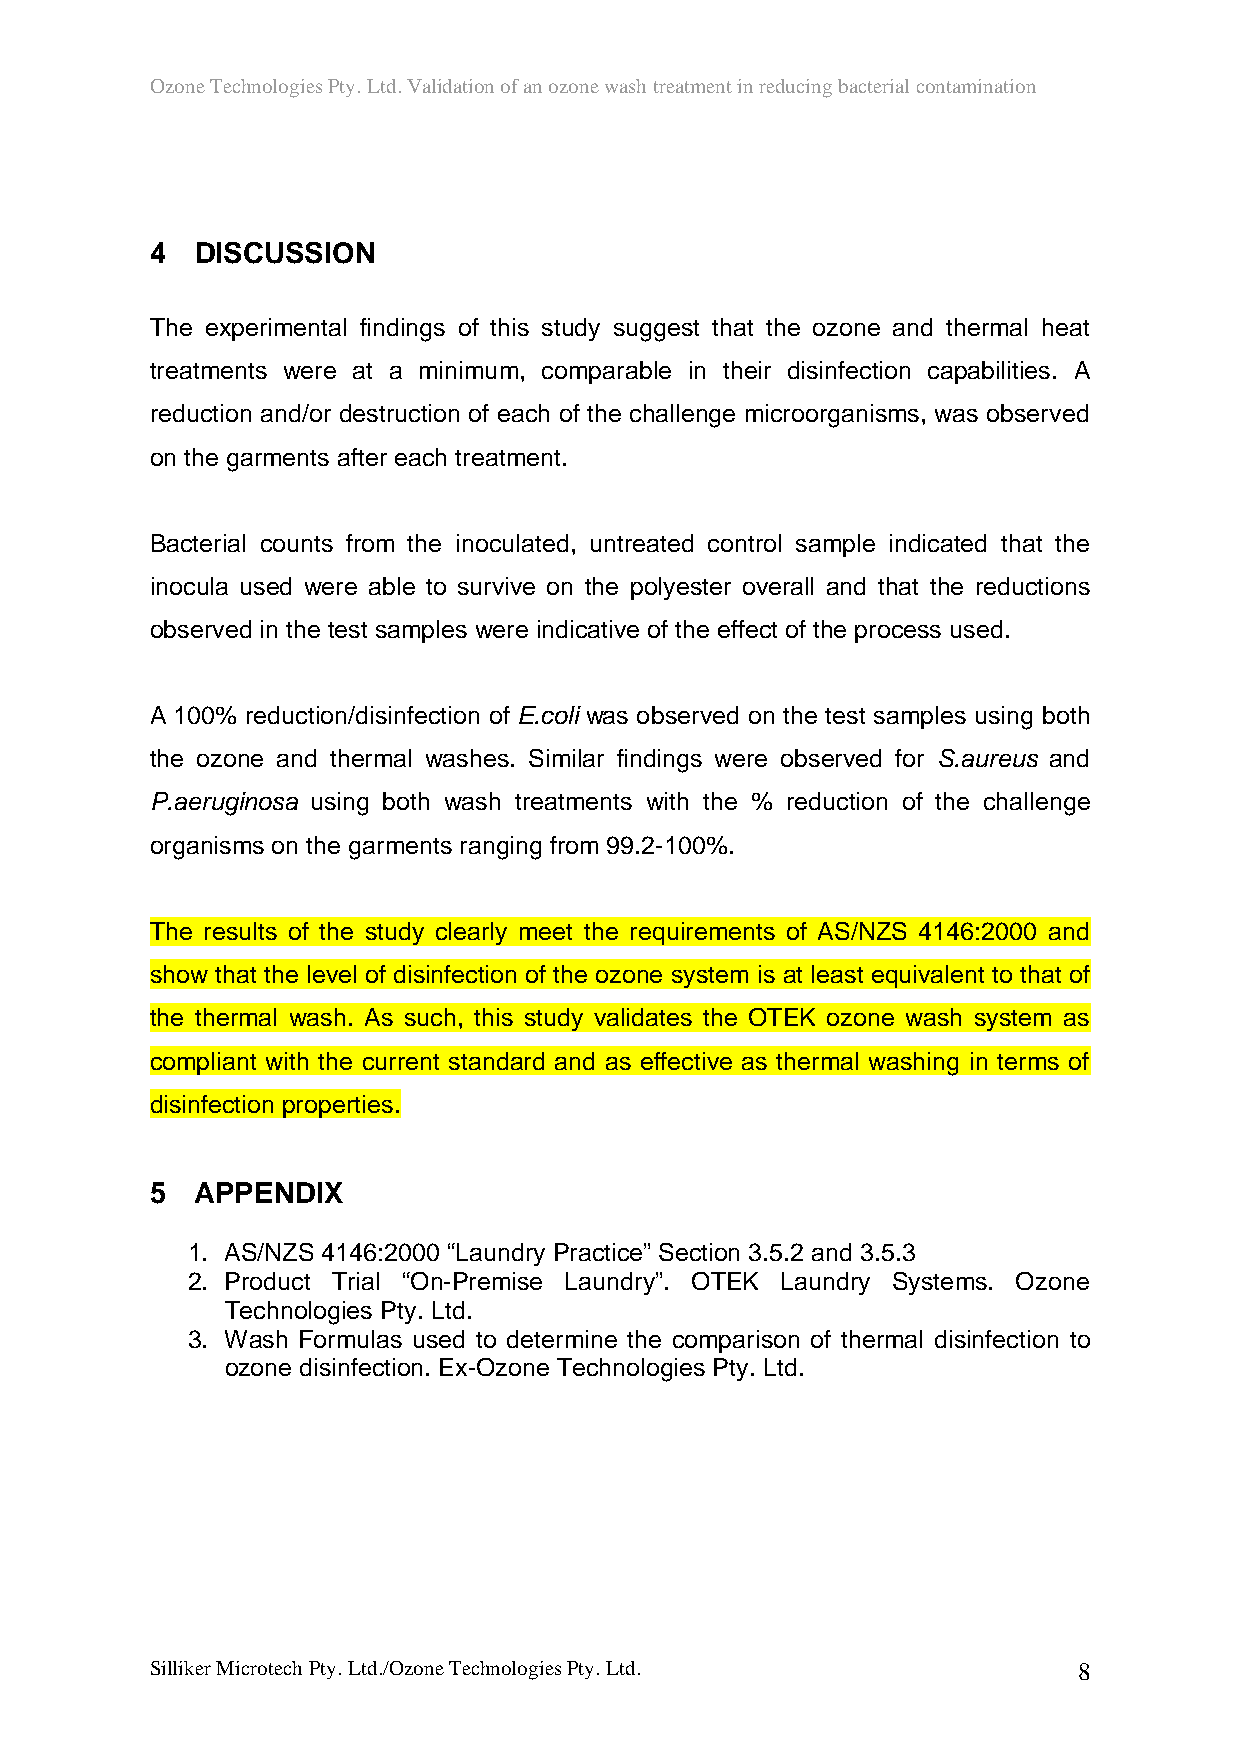
Ozone Technologies Pty. Ltd. Validation of an ozone wash treatment in reducing bacterial contamination
 4  DISCUSSION
 The experimental findings of this study suggest that the ozone and thermal heat
 treatments were at a minimum, comparable in their disinfection capabilities. A
 reduction and/or destruction of each of the challenge microorganisms, was observed
 on the garments after each treatment.
 Bacterial counts from the inoculated, untreated control sample indicated that the
 inocula used were able to survive on the polyester overall and that the reductions
 observed in the test samples were indicative of the effect of the process used.
 A 100% reduction/disinfection of E.coli was observed on the test samples using both
 the ozone and thermal washes. Similar findings were observed for S.aureus and
 P.aeruginosa using both wash treatments with the % reduction of the challenge
 organisms on the garments ranging from 99.2-100%.
 The results of the study clearly meet the requirements of AS/NZS 4146:2000 and
 show that the level of disinfection of the ozone system is at least equivalent to that of
 the thermal wash. As such, this study validates the OTEK ozone wash system as
 compliant with the current standard and as effective as thermal washing in terms of
 disinfection properties.
 5  APPENDIX
 1. AS/NZS 4146:2000 “Laundry Practice” Section 3.5.2 and 3.5.3
 2. Product Trial “On-Premise Laundry”. OTEK Laundry Systems. Ozone
 Technologies Pty. Ltd.
 3. Wash Formulas used to determine the comparison of thermal disinfection to
 ozone disinfection. Ex-Ozone Technologies Pty. Ltd.
 Silliker Microtech Pty. Ltd./Ozone Technologies Pty. Ltd.    8